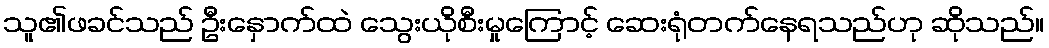
သူ၏ဖခင်သည် ဦးနှောက်ထဲ သွေးယိုစီးမှုကြောင့် ဆေးရုံတက်နေရသည်ဟု ဆိုသည်။